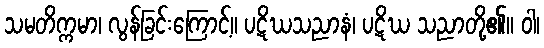
သမတိက္ကမာ၊ လွန်ခြင်းကြောင့်။ ပဋိဃသညာနံ၊ ပဋိဃ သညာတို့၏။ ဝါ၊